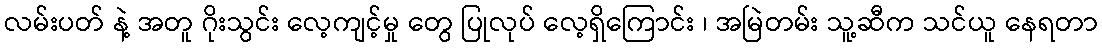
လမ်းပတ် နဲ့ အတူ ဂိုးသွင်း လေ့ကျင့်မှု တွေ ပြုလုပ် လေ့ရှိကြောင်း ၊ အမြဲတမ်း သူ့ဆီက သင်ယူ နေရတာ